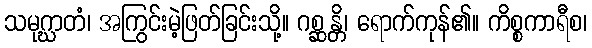
သမုဂ္ဃာတံ၊ အကြွင်းမဲ့ဖြတ်ခြင်းသို့။ ဂစ္ဆန္တိ၊ ရောက်ကုန်၏။ ကိစ္စကာရီစ၊